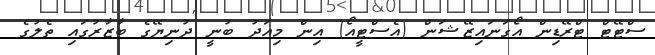
ސްޓޭޓް ޓްރޭޑިން އޯގަނައިޒޭޝަން (އެސްޓީއޯ) އިން މިއަދު ބުނީ ދުނިޔޭގެ ބާޒާރުގައި ތެލުގެ